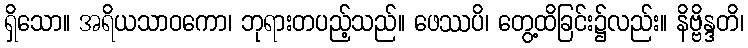
ရှိသော။ အရိယသာဝကော၊ ဘုရားတပည့်သည်။ ဖေဿပိ၊ တွေ့ထိခြင်း၌လည်း။ နိဗ္ဗိန္ဒတိ၊